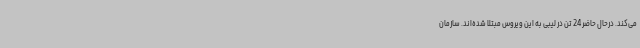
می‌کند. درحال حاضر 24 تن در لیبی به این ویروس مبتلا شده‌اند. سازمان